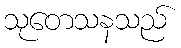
သုတေသနသည်